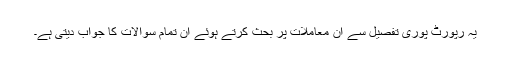
یہ رپورٹ پوری تفصیل سے ان معاملات پر بحث کرتے ہوئے ان تمام سوالات کا جواب دیتی ہے۔